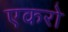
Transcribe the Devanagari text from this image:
एकरो